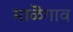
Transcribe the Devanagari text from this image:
माळॆगाव